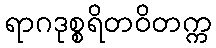
ရာဂဒုစ္စရိတဝိတက္က